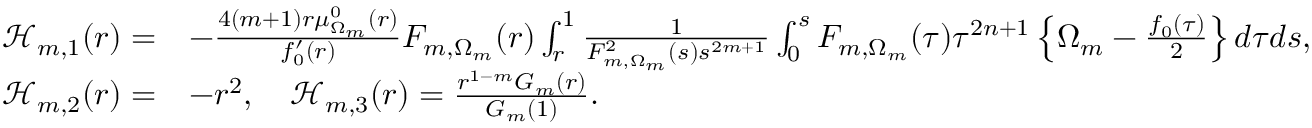
\begin{array} { r l } { \mathcal { H } _ { m , 1 } ( r ) = } & { - \frac { 4 ( m + 1 ) r \mu _ { \Omega _ { m } } ^ { 0 } ( r ) } { f _ { 0 } ^ { \prime } ( r ) } F _ { m , \Omega _ { m } } ( r ) \int _ { r } ^ { 1 } \frac { 1 } { F _ { m , \Omega _ { m } } ^ { 2 } ( s ) s ^ { 2 m + 1 } } \int _ { 0 } ^ { s } F _ { m , \Omega _ { m } } ( \tau ) \tau ^ { 2 n + 1 } \left\{ \Omega _ { m } - \frac { f _ { 0 } ( \tau ) } { 2 } \right\} d \tau d s , } \\ { \mathcal { H } _ { m , 2 } ( r ) = } & { - r ^ { 2 } , \quad \mathcal { H } _ { m , 3 } ( r ) = \frac { r ^ { 1 - m } G _ { m } ( r ) } { G _ { m } ( 1 ) } . } \end{array}